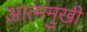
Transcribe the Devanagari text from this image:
आत्ममुखी